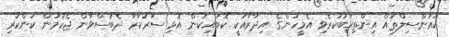
ކައުންސިލްތައް އިންތިޚާބުކުރެވި އެމީހުންގެ އިދާރާއަކީ ކޮބައިކަން އޮޅި ސަރުކާރާ ދެބަސްވާން ޖެހުމުން ކަންކުރި